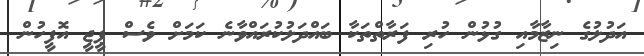
އަދުލުގެ ނިޒާމާއި ގުޅުން ހުރި ފަރާތްތަކާ ބައްދަލުކުރައްވާނެ ކަމަށް ވެސް ޕީޖީ އޮފީހުން